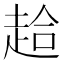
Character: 䞩